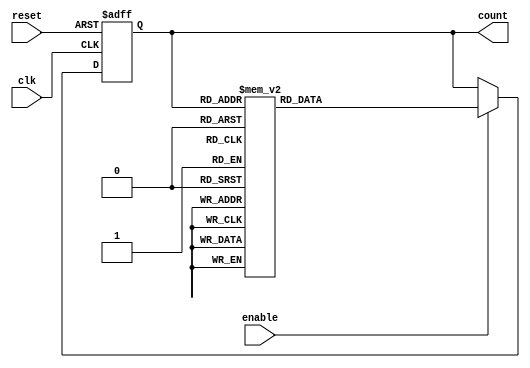
module decade_ring_counter (
    input wire clk,          // Clock signal
    input wire reset,        // Asynchronous reset
    input wire enable,       // Enable signal
    output reg [3:0] count   // 4-bit output representing the current state
);

// State transition logic
always @(posedge clk or posedge reset) begin
    if (reset) begin
        count <= 4'b0001;  // Initialize to 1 (0001)
    end else if (enable) begin
        case (count)
            4'b0001: count <= 4'b0010; // 1 to 2
            4'b0010: count <= 4'b0011; // 2 to 3
            4'b0011: count <= 4'b0100; // 3 to 4
            4'b0100: count <= 4'b0101; // 4 to 5
            4'b0101: count <= 4'b0110; // 5 to 6
            4'b0110: count <= 4'b0111; // 6 to 7
            4'b0111: count <= 4'b1000; // 7 to 8
            4'b1000: count <= 4'b1001; // 8 to 9
            4'b1001: count <= 4'b0001; // 9 back to 1
            default: count <= 4'b0001; // Default case (shouldn't happen)
        endcase
    end
end

endmodule